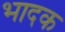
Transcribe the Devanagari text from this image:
भादक